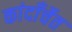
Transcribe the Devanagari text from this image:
कांदाँर्चेत